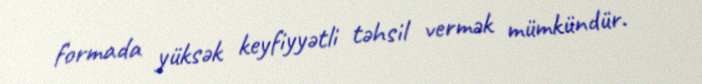
formada yüksək keyfiyyətli təhsil vermək mümkündür.